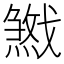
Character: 𢨓